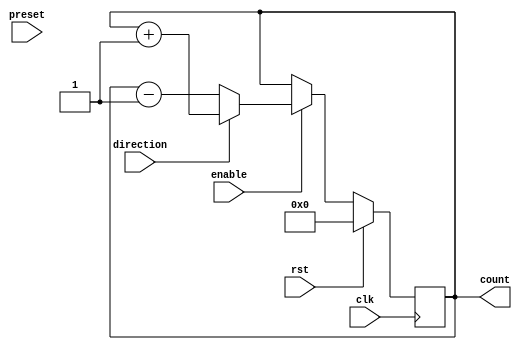
module Counter (
  input clk,
  input rst,
  input enable,
  input direction,
  input [3:0] preset,
  output reg [3:0] count
);

always @(posedge clk) begin
  if (rst) begin
    count <= 4'b0000;
  end else if (enable) begin
    if (direction) begin
      count <= count + 4'b0001;
    end else begin
      count <= count - 4'b0001;
    end
  end
end

endmodule